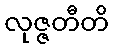
လုဇ္ဇတီတိ